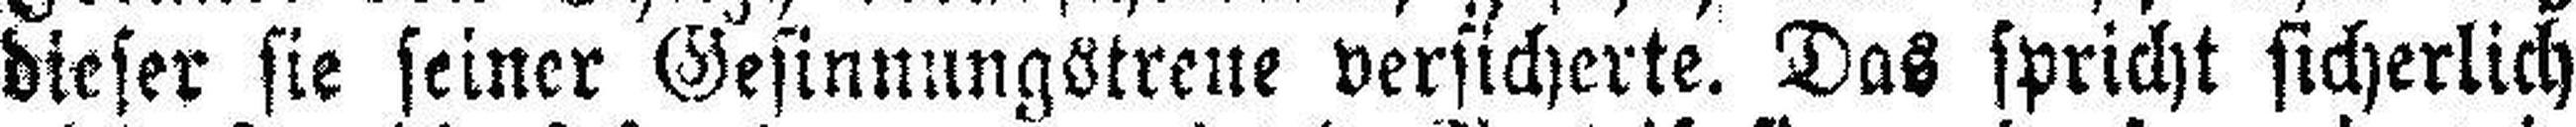
dieser sie seiner Gesinnungstreue versicherte. Das spricht sicherlich